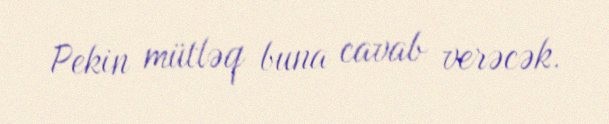
Pekin mütləq buna cavab verəcək.